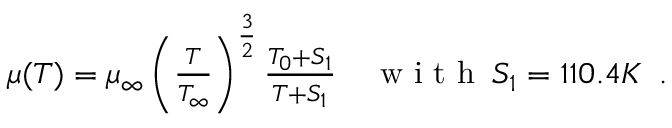
\begin{array} { r l } { \mu ( T ) = \mu _ { \infty } \left( \frac { T } { T _ { \infty } } \right) ^ { \frac { 3 } { 2 } } \frac { T _ { 0 } + S _ { 1 } } { T + S _ { 1 } } } & { { } \mathrm { ~ w ~ i ~ t ~ h ~ } \: S _ { 1 } = 1 1 0 . 4 K \, \mathrm { ~ . ~ } } \end{array}